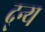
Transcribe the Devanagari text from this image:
द्न्य